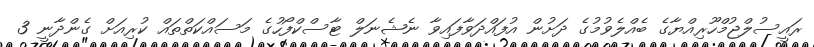
ރައީސުލްޖުމްހޫރިއްޔާގެ ބެއްލެވުމުގެ ދަށުން އުފައްދަވާފައިވާ ނެޝެނަލް ޓާސްކްފޯހުގެ މަސައްކަތްތައް ކުރިއަށް ގެންދާނީ 3